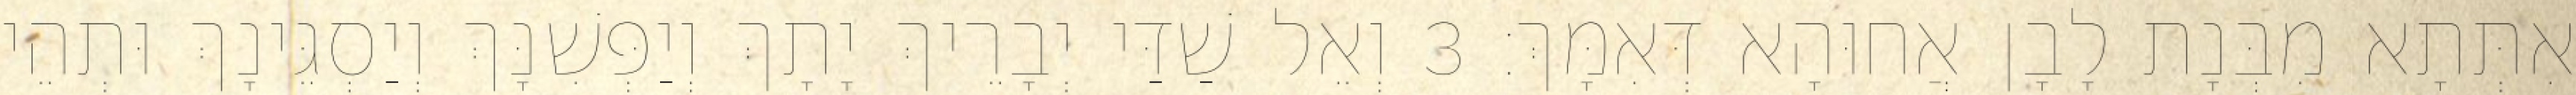
אִתְּתָא מִבְּנָת לָבָן אֲחוּהָא דְּאִמָּךְ׃ 3 וְאֵל שַׁדַּי יְבָרֵיךְ יָתָךְ וְיַפְּשִׁנָּךְ וְיַסְגֵּינָךְ וּתְהֵי